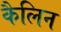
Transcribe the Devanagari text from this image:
कैलिन